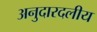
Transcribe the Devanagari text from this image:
अनुदारदलीय